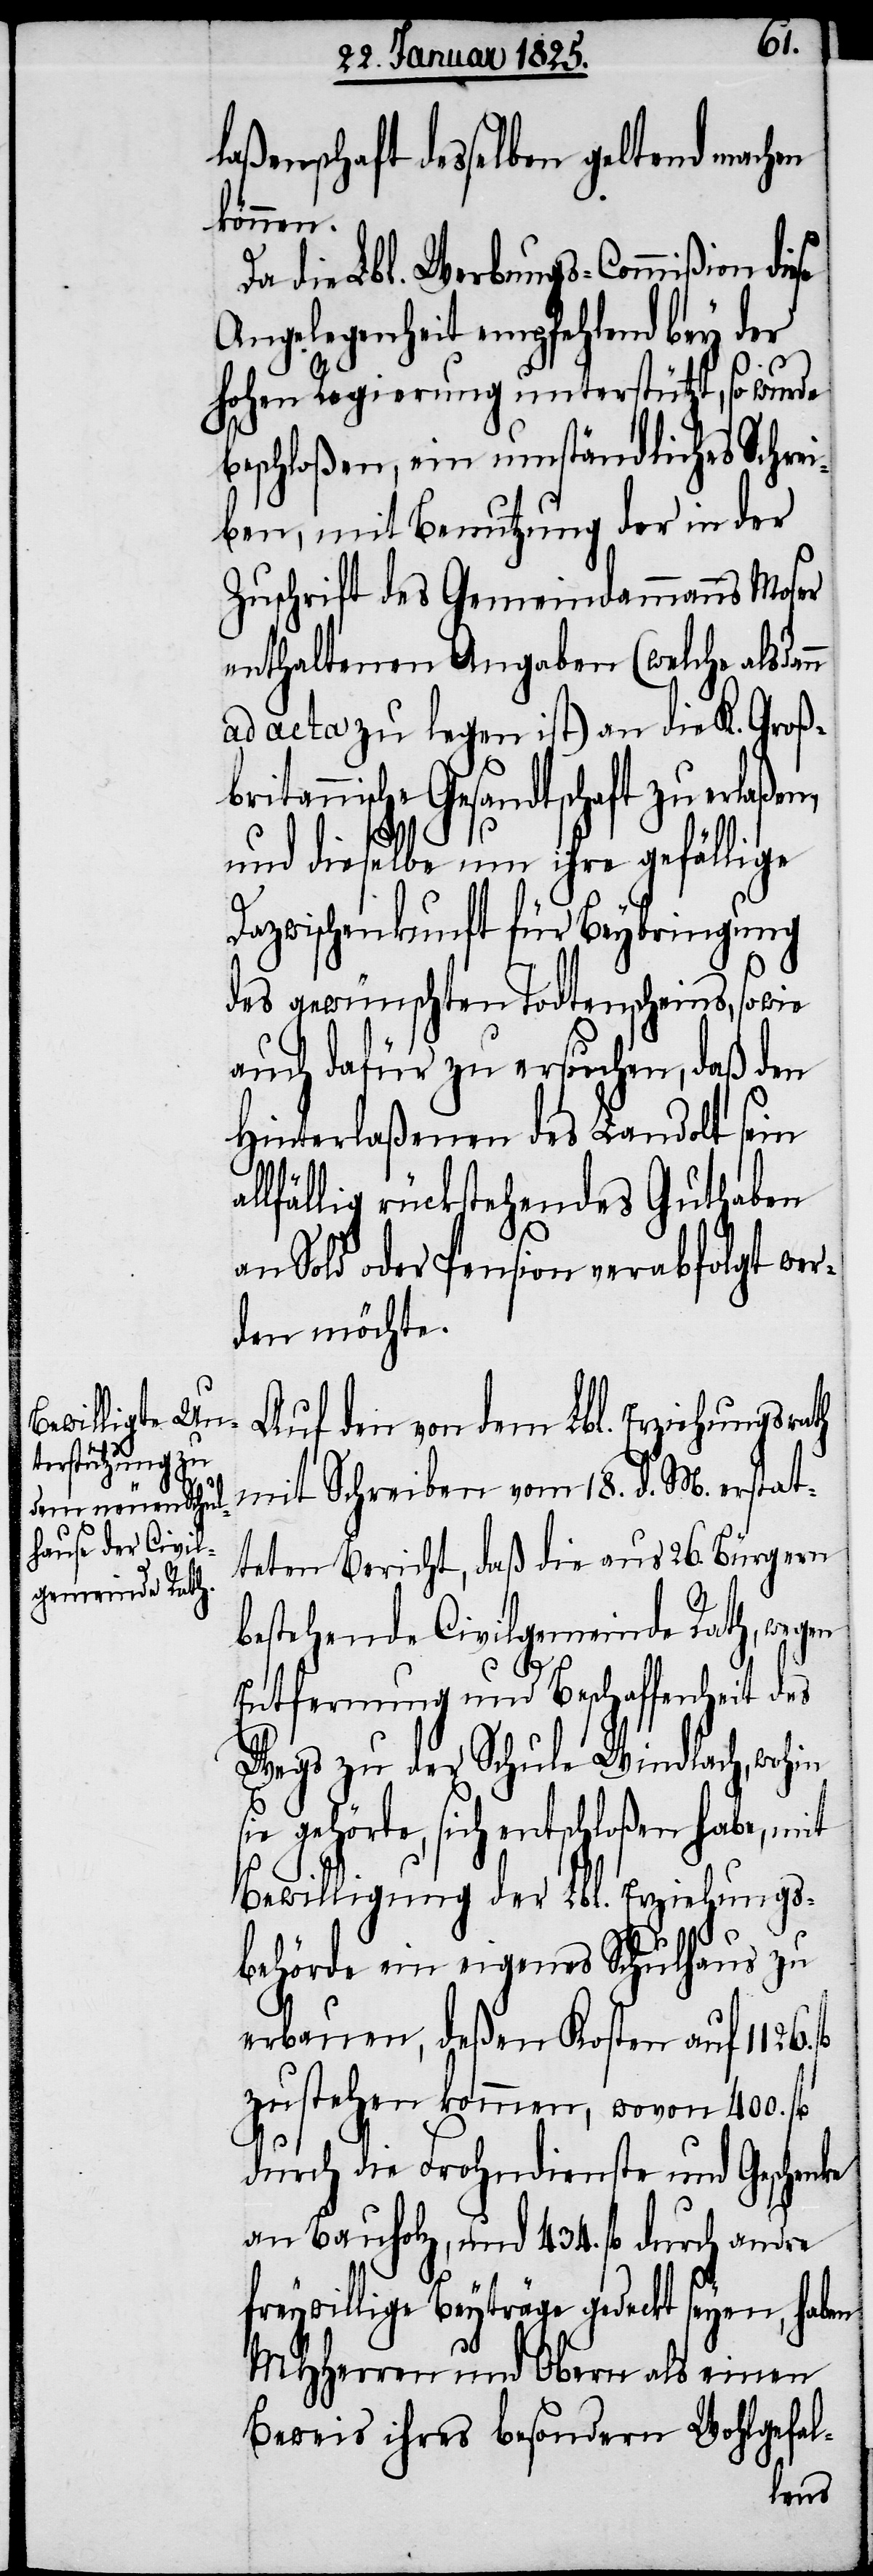
laßenschaft desselben geltend machen
können.
Da die Lbl. Werbungs-Commißion diese
Angelegenheit empfehlend bey der
hohen Regierung unterstützt, so wurde
beschloßen, ein umständliches Schrei¬
ben, mit Benutzung der in der
Zuschrift des Gemeindammanns Moser
enthaltenen Angaben (welche alsd¬
ad acta zu legen ist) an die K. Groß¬
britannische Gesandtschaft zu erlaßen,
al¬
und dieselbe um ihre gefällige
Dazwischenkunft für Beybringung
des gewünschten Todtenscheins, sowie
auch dafür zu ersuchen, daß den
Hinterlaßenen des Landolt sein
lfällig rückstehendes Guthaben
an Sold oder Pension verabfolgt wer¬
den möchte.
Auf den von dem Lbl. Erziehungsrath
mit Schreiben vom 18. d. M. erstat¬
teten Bericht, daß die aus 26. Bürgern
bestehende Civilgemeinde Rath, wegen
Entfernung und Beschaffenheit des
Wegs zu der Schule Windlach, wohin
gehörte, sich entschloßen habe, mit
Bewilligung der Lbl. Erziehungs¬
behörde ein eigenes Schulhaus zu
erbauen, deßen Kosten auf 1126.
zu stehen kommen, wovon 400. fl
durch die Frohndienste und Geschenke
an Bauholz, und 434. fl durch andre
Beyträge gedeckt seyen, haben
MHHerren und Obern als einen
Beweis ihres besondern Wohlgefal-
ann